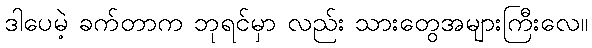
ဒါပေမဲ့ ခက်တာက ဘုရင်မှာ လည်း သားတွေအများကြီးလေ။